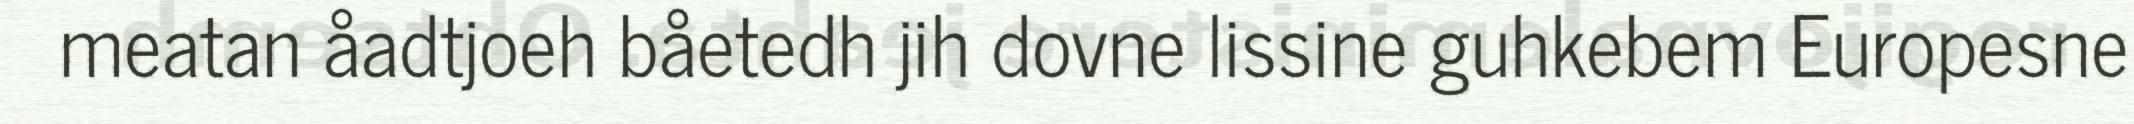
meatan åadtjoeh båetedh jih dovne lissine guhkebem Europesne